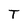
Character: T